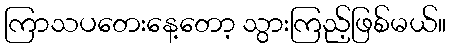
ကြာသပတေးနေ့တော့ သွားကြည့်ဖြစ်မယ်။